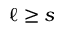
\ell \geq s